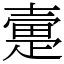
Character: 㚄